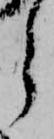
ら